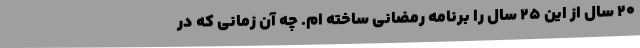
۲۰ سال از این ۲۵ سال را برنامه رمضانی ساخته ام. چه آن زمانی که در